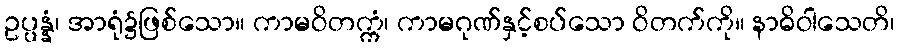
ဥပ္ပန္နံ၊ အာရုံ၌ဖြစ်သော။ ကာမဝိတက္ကံ၊ ကာမဂုဏ်နှင့်စပ်သော ဝိတက်ကို။ နာဓိဝါသေတိ၊